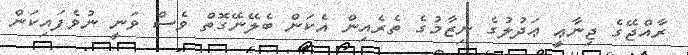
ރާއްޖޭގެ ޖިނާޢީ ޢަދުލުގެ ނިޒާމުގެ ތެރެއިން އެކަން ބެލޭނޭގޮތް ވެސް ވަނީ ނުވެފައިކަން